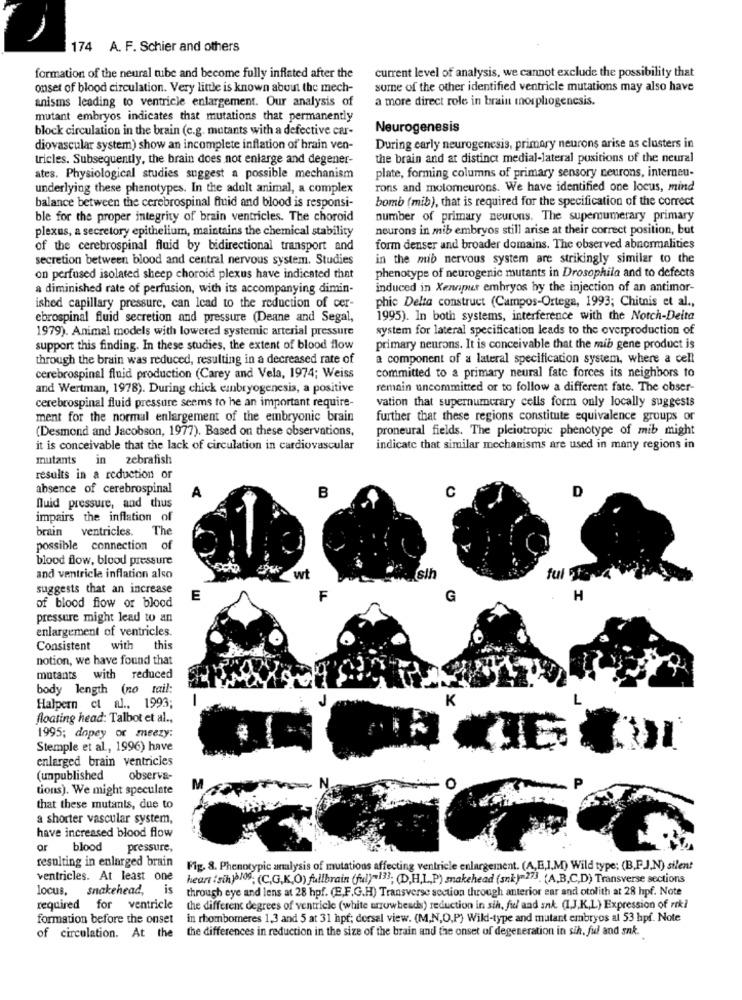
174 A. F. Schier and others
formation of the neural tube and become fully inflated after the
current level of analysis, we cannot exclude the possibility that
onset of blood circulation. Very little is known about the mech-
some of the other identified ventricle mutations may also have
a more direct role in brain morphogenesis.
anisms leading to ventricle enlargement. Our analysis of
mutant embryos indicates that mutations that permanently
block circulation in the brain (e.g. mutants with a defective car-
Neurogenesis
diovascular system) show an incomplete inflation of hrain ven-
During carly neurogenesis, primary neurons arise as clusters in
tricles. Subsequently, the brain does not enlarge and degener-
the brain and at distinct medial-lateral positions of the neural
ates. Physiological studies suggest a possible mechanism
plate, forming columns of primary sensory neurons, interneu-
underlying these phenotypes. In the adult animal, a complex
rons and motomeurons. We have identified one locus, mind
balance between the cerebrospinal fluid and blood is responsi-
bomb (mib), that is required for the specification of the correct
ble for the proper integrity of brain ventricles. The choroid
number of primary neurons. The supenumerary primary
plexus, a secretory epithelium, maintains the chemical stability
neurons in mib embryos still arise at their correct position, but
of the cerebrospinal fluid by bidirectional transport and
form denser and broader domains. The observed abnormalities
secretion between blood and central nervous system. Studies
in the mib nervous system are strikingly similar to the
phenotype of neurogenic mutants in Drosophila and to defects
on perfused isolated sheep choroid plexus have indicated that
a diminished rate of perfusion, with its accompanying dimin-
induced in Xenpus embryos by the injection of an antimor-
phic Delta construct (Campos-Ortega, 1993; Chitnis et al .,
ished capillary pressure, can lead to the reduction of cer-
ebrospinal fluid secretion and pressure (Deane and Segal,
1995). In both systems, interference with the Notch-Delta
1979). Animal models with lowered systemic arterial pressure
system for lateral specification leads to the overproduction of
support this finding. In these studies, the extent of blood flow
primary neurons. It is conceivable that the mib gene product is
through the brain was reduced, resulting in a decreased rate of
a component of a lateral specification system, where a cell
committed to a primary neural fate forces its neighbors to
cerebrospinal fluid production (Carey and Vela, 1974; Weiss
and Wertman, 1978). During chick embryogenesis, a positive
remain uncommitted or to follow a different fate. The obser-
cerebrospinal fluid pressure seems to he an important require-
vation that supernumerary cells form ouly locally suggests
ment for the normal enlargement of the embryonic brain
further that these regions constitute equivalence groups or
(Desmond and Jacobson, 1977). Based on these observations,
proneural fields. The pleiotropic phenotype of mib might
it is conceivable that the lack of circulation in cardiovascular
indicate that similar mechanisms are used in many regions in
mutants
in zebrafish
results in a reduction or
absence of cerebrospinal
C
D
B
fluid pressure, and thus
impairs the inflation of
brain ventricles. The
possible connection of
blood flow, blood pressure
and ventricle inflation also
wt
sih
ful te
suggests that an increase
E
F
G
H
of blood flow or blood
pressure might lead to an
enlargement of ventricles.
Consistent
with this
notion, we have found that
mutants with reduced
body length (no tail:
K
Halpern et al ., 1993;
floating head: Talbot et al .,
1995; dopey or meezy:
Stemple et al ., 1996) have
enlarged brain ventricles
(unpublished
observa-
tions). We might speculate
that these mutants, due to
a shorter vascular system,
have increased blood flow
Or
blood
pressure,
resulting in enlarged brain
Fig. 8. Phenotypic analysis of mutations affecting ventricle enlargement. (A,B,I,M) Wild type; (B,FJ,N) silent
ventricles. At least one
heart : sih)›/09; (C,G,K,O) fallbrain (ful>1}}; (D,H,L ., P) makehead (snk)=27). (A,B,C,D) Transverse sections
locus, snakehead, is
through eye and lens at 28 hpf. (E,F.G.H) Transverse section through anterior ear and otolith at 28 hpf. Note
required for ventricle
the different degrees of ventricle (white arrowheads) reduction in sih, ful and ank. (I.J,K,L) Expression of rek?
formation before the onset
in rhombomeres 1,3 and 5 at 31 hpt; dorsal view. (M,N,O,P) Wild-type and mutant embryos al 53 hpf. Note
the differences in reduction in the size of the brain and the onset of degeneration in sih. ful and snk.
of circulation. At the